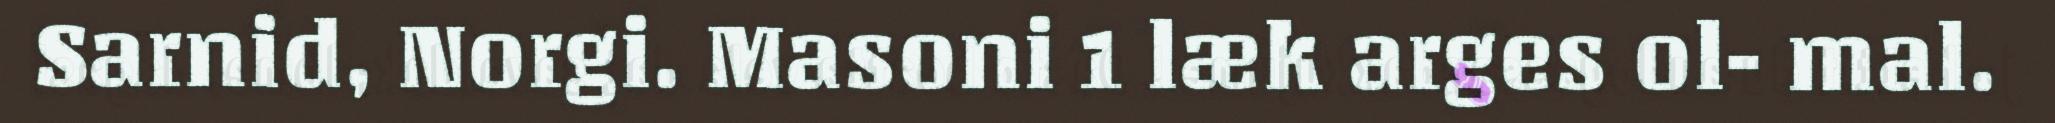
Sarnid, Norgi. Masoni 1 læk arges ol- mal.